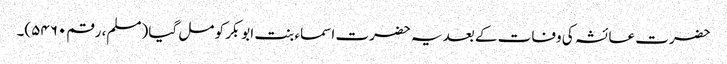
حضرت عائشہ کی وفات کے بعد یہ حضرت اسماء بنت ابوبکر کو مل گیا (مسلم، رقم۵۴۶۰)۔